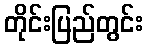
တိုင်းပြည်တွင်း